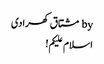
by مشتاق کھرادی
اسلام علیکم!